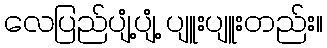
လေပြည်ပျံ့ပျံ့ ပျူးပျူးတည်း။